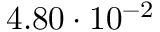
4 . 8 0 \cdot 1 0 ^ { - 2 }